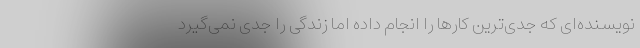
نویسنده‌ای که جدی‌ترین کارها را انجام داده اما زندگی را جدی نمی‌گیرد